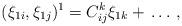
LaTeX: \begin{align*}(\xi_{1i},\xi_{1j})^1=C^k_{ij}\xi_{1k}+\,\ldots\,,\end{align*}